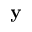
\textbf { y }